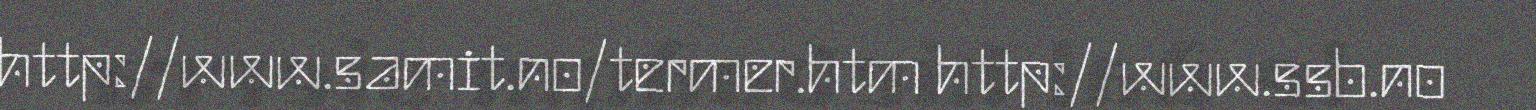
http://www.samit.no/termer.htm http://www.ssb.no